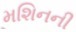
મશિનની